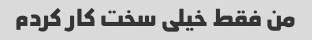
من فقط خیلی سخت کار کردم